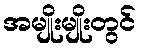
အမျိုးမျိုးတွင်